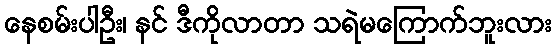
နေစမ်းပါဦး၊ နင် ဒီကိုလာတာ သရဲမကြောက်ဘူးလား